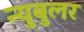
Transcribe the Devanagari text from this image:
न्‍युबुलर